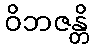
ဝိဘဇန္တိ